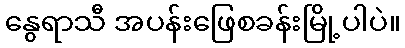
နွေရာသီ အပန်းဖြေစခန်းမြို့ပါပဲ။